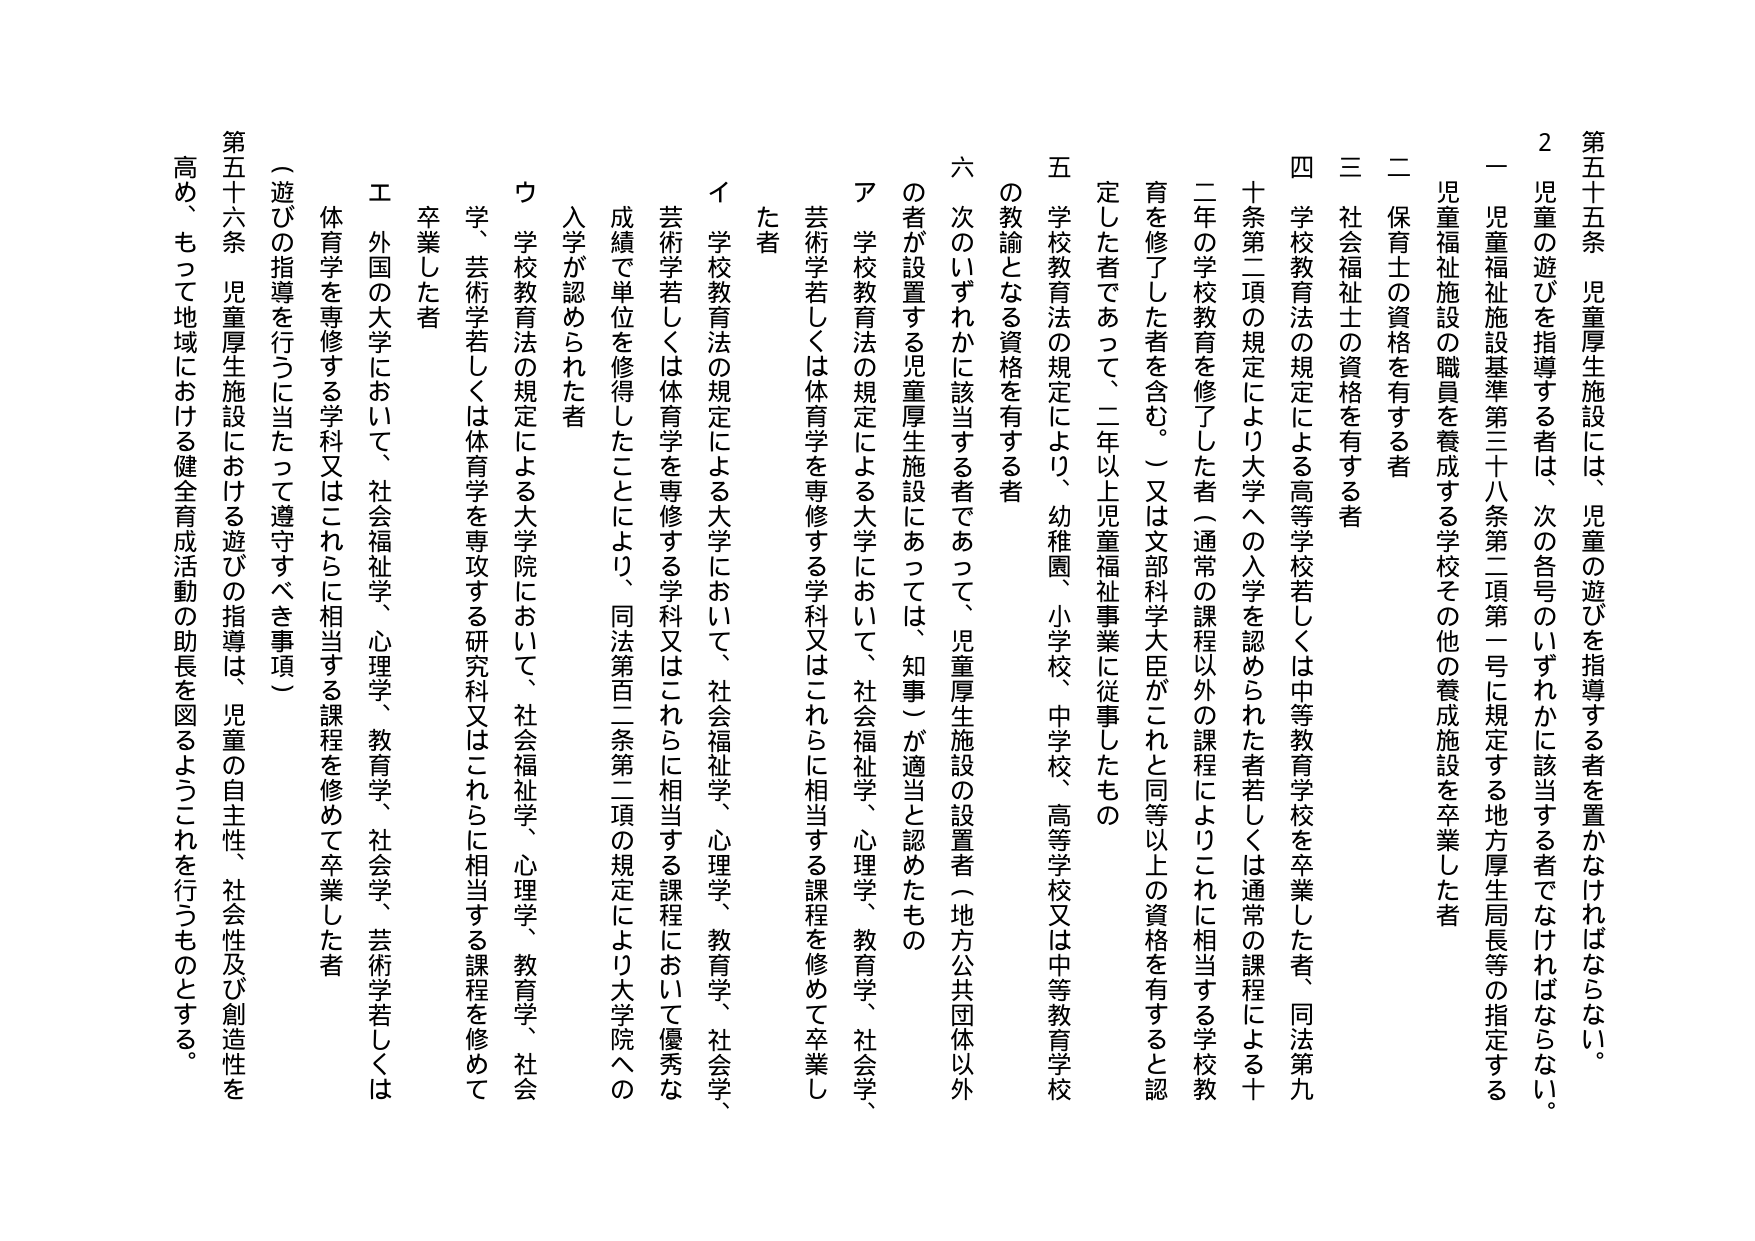
第五十五条 児童厚生施設には、児童の遊びを指導する者を置かなければならない。

２ 児童の遊びを指導する者は、次の各号のいずれかに該当する者でなければならない。

一 児童福祉施設基準第三十八条第二項第一号に規定する地方厚生局長等の指定する児童福祉施設の職員を養成する学校その他の養成施設を卒業した者

二 保育士の資格を有する者

三 社会福祉士の資格を有する者

四 学校教育法の規定による高等学校若しくは中等教育学校を卒業した者、同法第九十条第二項の規定により大学への入学を認められた者若しくは通常の課程による十二年の学校教育を修了した者（通常の課程以外の課程によりこれに相当する学校教育を修了した者を含む。）又は文部科学大臣がこれと同等以上の資格を有すると認定した者であって、二年以上児童福祉事業に従事したもの

五 学校教育法の規定により、幼稚園、小学校、中学校、高等学校又は中等教育学校の教諭となる資格を有する者

六 次のいずれかに該当する者であって、児童厚生施設の設置者（地方公共団体以外の者が設置する児童厚生施設にあっては、知事）が適当と認めたもの

ア 学校教育法の規定による大学において、社会福祉学、心理学、教育学、社会学、芸術学若しくは体育学を専修する学科又はこれらに相当する課程を修めて卒業した者

イ 学校教育法の規定による大学において、社会福祉学、心理学、教育学、社会学、芸術学若しくは体育学を専修する学科又はこれらに相当する課程において優秀な成績で単位を修得したことにより、同法第百二条第二項の規定により大学院への入学が認められた者

ウ 学校教育法の規定による大学院において、社会福祉学、心理学、教育学、社会学、芸術学若しくは体育学を専攻する研究科又はこれらに相当する課程を修めて卒業した者

エ 外国の大学において、社会福祉学、心理学、教育学、社会学、芸術学若しくは体育学を専修する学科又はこれらに相当する課程を修めて卒業した者

（遊びの指導を行うに当たって遵守すべき事項）

第五十六条 児童厚生施設における遊びの指導は、児童の自主性、社会性及び創造性を高め、もって地域における健全育成活動の助長を図るようこれを行うものとする。